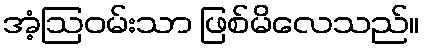
အံ့ဩဝမ်းသာ ဖြစ်မိလေသည်။